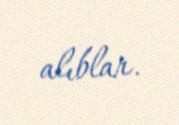
alıblar.